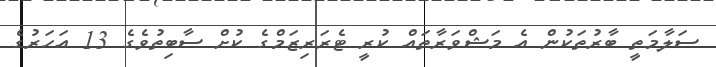
ސަލާމަތީ ބާރުތަކުން އެ މަޝްވަރާތައް ކުރީ ޓެރަރިޒަމްގެ ކުށް ސާބިތުވެގެ 13 އަހަރުގެ